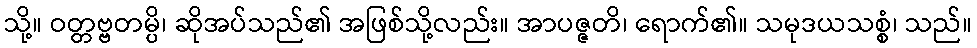
သို့။ ဝတ္တဗ္ဗတမ္ပိ၊ ဆိုအပ်သည်၏ အဖြစ်သို့လည်း။ အာပဇ္ဇတိ၊ ရောက်၏။ သမုဒယသစ္စံ၊ သည်။